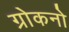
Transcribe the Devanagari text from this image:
ग्रोकनो